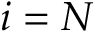
i = N